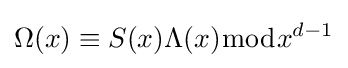
\Omega (x)\equiv S(x)\Lambda (x){\bmod {x^{d-1}}}